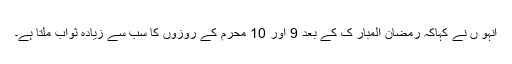
انہو ں نے کہاکہ رمضان المبار ک کے بعد 9 اور 10 محرم کے روزوں کا سب سے زیادہ ثواب ملتا ہے۔